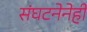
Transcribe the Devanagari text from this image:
संघटनेनेही